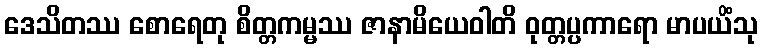
ဒေသိတဿ စောရေတု စိတ္တကမ္မဿ ဇာနာမိယေဝါတိ ဝုတ္တပ္ပကာရော မာပယိံသု